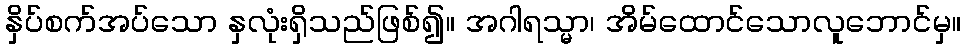
နှိပ်စက်အပ်သော နှလုံးရှိသည်ဖြစ်၍။ အဂါရသ္မာ၊ အိမ်ထောင်သောလူဘောင်မှ။